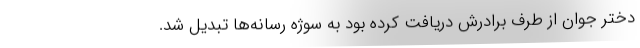
دختر جوان از طرف برادرش دریافت کرده بود به سوژه رسانه‌ها تبدیل شد.